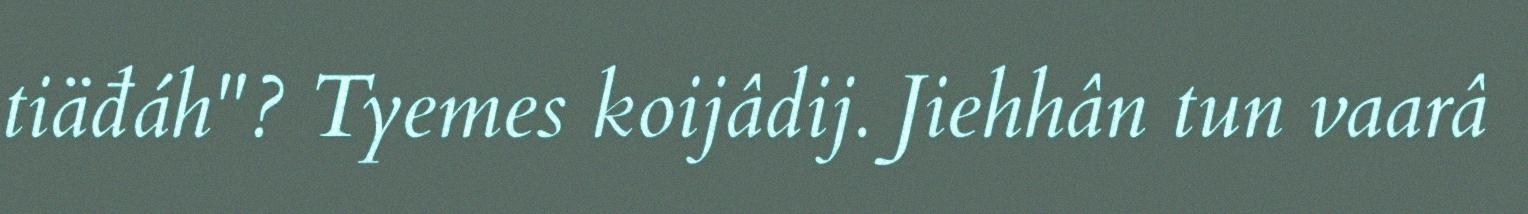
tiäđáh"? Tyemes koijâdij. Jiehhân tun vaarâ